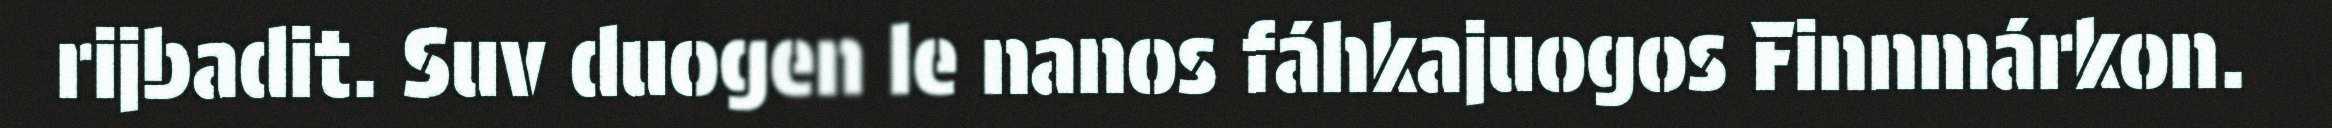
rijbadit. Suv duogen le nanos fáhkajuogos Finnmárkon.